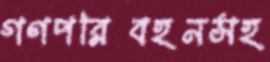
গণপরিবহনসহ